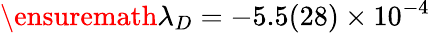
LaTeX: \ensuremath{\lambda}_{D}=-5.5(28)\times 10^{-4}